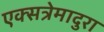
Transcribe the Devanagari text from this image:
एक्सत्रेमादुरा